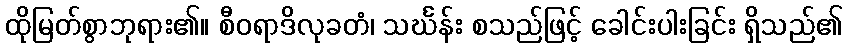
ထိုမြတ်စွာဘုရား၏။ စီဝရာဒိလုခတံ၊ သင်္ဃန်း စသည်ဖြင့် ခေါင်းပါးခြင်း ရှိသည်၏